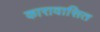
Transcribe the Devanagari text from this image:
कारावासित